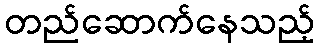
တည်ဆောက်နေသည့်